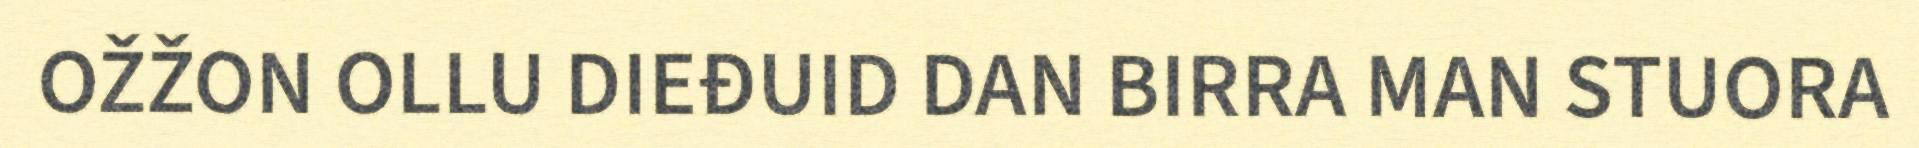
OŽŽON OLLU DIEĐUID DAN BIRRA MAN STUORA